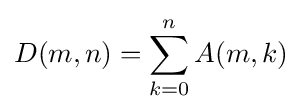
D(m,n)=\sum _{k=0}^{n}A(m,k)